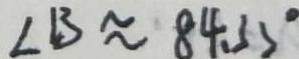
\angle B \approx 8 4 . 3 3 ^ { \circ }